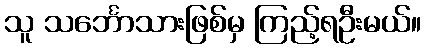
သူ သင်္ဘောသားဖြစ်မှ ကြည့်ရဦးမယ်။